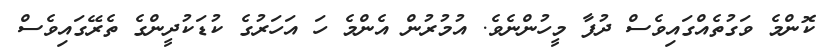
ކޮންމެ ވަގުތެއްގައިވެސް ދުފާ މީހުންނެވެ. އުމުރުން އެންމެ ހަ އަހަރުގެ ކުޑަކުދީންގެ ތެރޭގައިވެސް